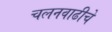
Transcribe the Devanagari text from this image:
चलनवाढीचे